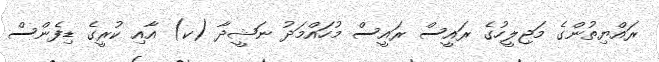
ރައްޔިތުންގެ މަޖިލީހުގެ ރައީސް ރައީސް މުހައްމަދު ނަޝީދާ (ކ) އާއި ކުރީގެ ޑިފެންސް